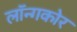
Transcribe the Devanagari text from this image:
लॉन्गकोर